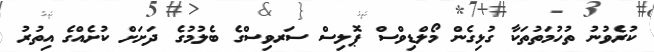
ކުރެވުނު ތުހުމަތުތަކާ ގުޅިގެން މޯލްޑިވްސް ޕޮލިސް ސަރވިސްގެ ބެލުމުގެ ދަށަށް ކުށެއްގެ އިތުރު